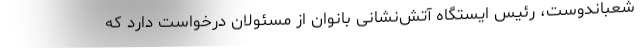
شعباندوست، رئیس ایستگاه آتش‌نشانی بانوان از مسئولان درخواست دارد که